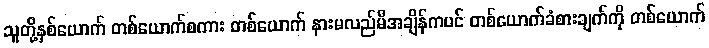
သူတို့နှစ်ယောက် တစ်ယောက်စကား တစ်ယောက် နားမလည်မီအချိန်ကပင် တစ်ယောက်ခံစားချက်ကို တစ်ယောက်